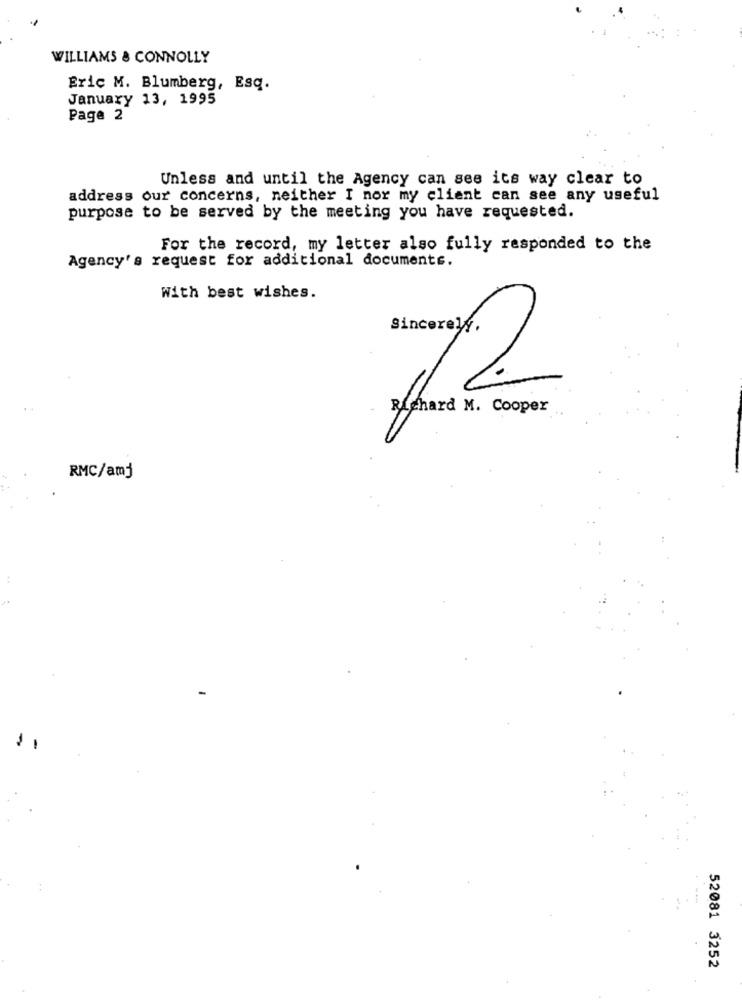
WILLIAMS & CONNOLLY
Eric M. Blumberg, Esq.
January 13, 1995
Page 2
Unless and until the Agency can see its way clear to
address our concerns, neither I nor my client can see any useful
purpose to be served by the meeting you have requested.
For the record, my letter also fully responded to the
Agency's request for additional documents.
With best wishes.
Sincerely,
Richard M. Cooper
RMC/amj
52081 3252